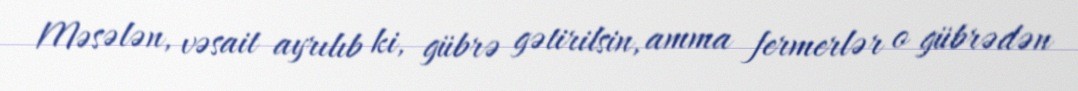
Məsələn, vəsait ayrılıb ki, gübrə gətirilsin, amma fermerlər o gübrədən